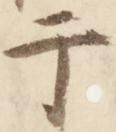
于